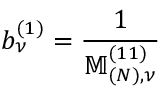
b _ { \nu } ^ { ( 1 ) } = \frac { 1 } { \mathbb { M } _ { ( N ) , \nu } ^ { ( 1 1 ) } }